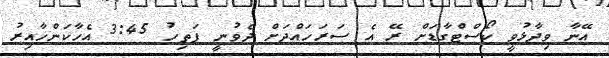
އޭނާ ވިދާޅުވީ ކޯސްޓްގާޑަށް ރޭ އެ ސަރަހައްދަށް ދެވުނީ ފަތިހު 3:45 އެހާކަންހާއިރު